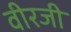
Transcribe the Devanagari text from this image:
वीरजी